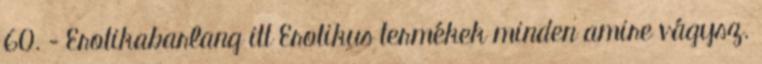
60. – Erotikabarlang itt Erotikus termékek minden amire vágysz.